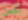
تفعل